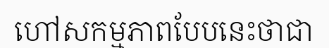
ហៅសកម្មភាពបែបនេះថាជា